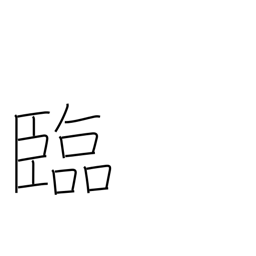
Meaning: look to